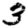
Digit: 3